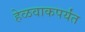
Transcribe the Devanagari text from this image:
हेळवाकपर्यंत